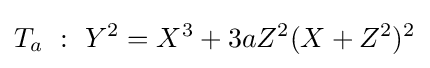
T_{a}\ :\ Y^{2}=X^{3}+3aZ^{2}(X+Z^{2})^{2}